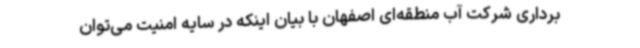
برداری شرکت آب منطقه‌ای اصفهان با بیان اینکه در سایه امنیت می‌توان